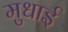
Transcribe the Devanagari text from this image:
मुधाई